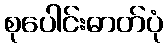
စုပေါင်းဓာတ်ပုံ